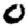
Digit: 0